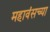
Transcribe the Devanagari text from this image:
महावंसच्या